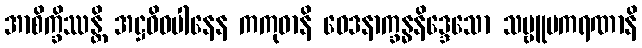
အာစိက္ခိဿန္တိ အဋ္ဌဝိဓပါနေန ကကုဓာနိ ဝေဒနာက္ခန္ဓနိဒ္ဒေသော သဗ္ဗူပကရဏာနိ